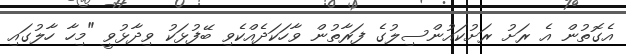
އެގޮތުން އެ ރަށު ރަށުކައުންސިލުގެ ފަރާތުން ވާހަކަދެއްކެވި ބޭފުޅަކު ވިދާޅުވީ "މިހާ ހާލުގައި